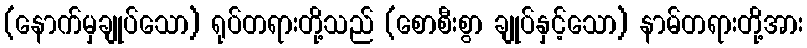
(နောက်မှချုပ်သော) ရုပ်တရားတို့သည် (စောစီးစွာ ချုပ်နှင့်သော) နာမ်တရားတို့အား